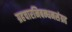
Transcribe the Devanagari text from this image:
ग्रहचारनिबन्धनसंग्रह